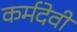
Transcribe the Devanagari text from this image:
कर्मदेवी